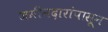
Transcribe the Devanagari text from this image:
जमीनदारांपासून